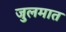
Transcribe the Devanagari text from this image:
जुलमात